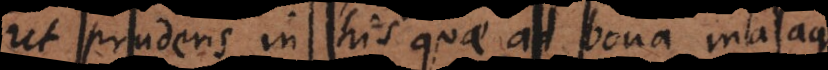
ut prudens in his quae ad bona malaque